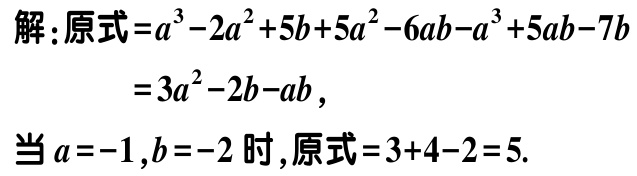
解：原式\(=a^{3}-2a^{2}+5b + 5a^{2}-6ab - a^{3}+5ab - 7b\)
\(=3a^{2}-2b - ab\)，
当\(a = -1,b = -2\)时，原式\(=3 + 4 - 2 = 5\).